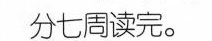
分七周读完。